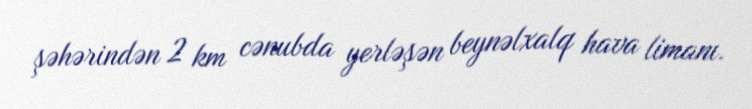
şəhərindən 2 km cənubda yerləşən beynəlxalq hava limanı.